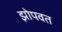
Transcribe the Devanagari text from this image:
झोपवत